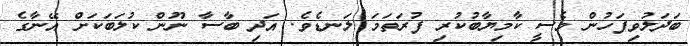
ބަދަލުވިފަހުން މެސީ ކާމިޔާބުކުރި ފުރަތަމަ ލަނޑެވެ. އަދި ބާސާ ނޫން ކުލަބަކަށް އޭނާގެ